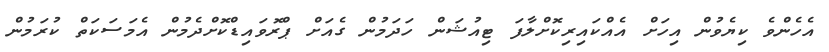
އެހެންވެ ކިޔެވުން އިހަށް އެއްކައިރިކޮށްލާފަ ޓިއުޝަން ހަދަމުން ގެއަށް ޕްރޮވައިޑްކޮށްދެމުން އެމަސަކަތް ކުރަމުން